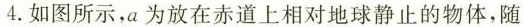
4.如图所示，a为放在赤道上相对地球静止的物体，随